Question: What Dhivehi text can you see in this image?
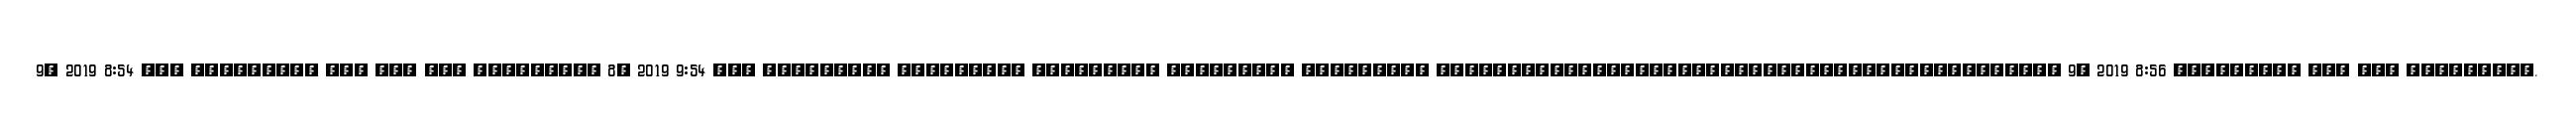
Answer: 9, 2019 8:54 ??? ????????? ??? ??? ??? ????????? 8, 2019 9:54 ??? ????????? ????????? ????????? ????????? ????????? ???????????????????????????????????????????? 9, 2019 8:56 ????????? ??? ??? ?????????.